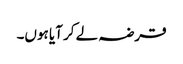
قرضہ لے کر آیا ہوں۔